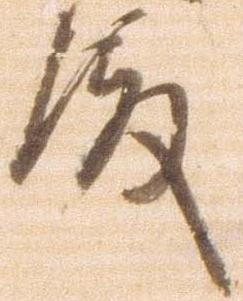
殿